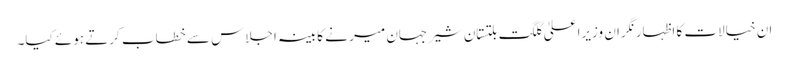
ان خیالات کا اظہار نگران وزیرا علیٰ گلگت بلتستان شیرجہان میر نے کابینہ اجلاس سے خطاب کرتے ہوئے کیا۔